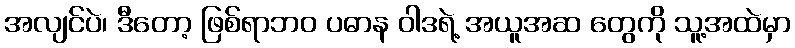
အလျင်ပဲ၊ ဒီတော့ ဖြစ်ရာဘဝ ပဓာန ဝါဒရဲ့ အယူအဆ တွေကို သူ့အထဲမှာ